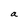
Character: a